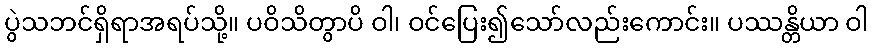
ပွဲသဘင်ရှိရာအရပ်သို့။ ပဝိသိတွာပိ ဝါ၊ ဝင်ပြေး၍သော်လည်းကောင်း။ ပဿန္တိယာ ဝါ